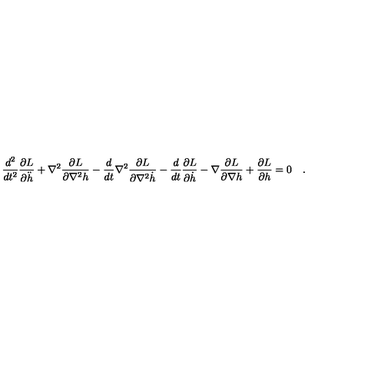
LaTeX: \frac { d ^ { 2 } } { d t ^ { 2 } } \frac { \partial L } { \partial \ddot { h } } + \nabla ^ { 2 } \frac { \partial L } { \partial \nabla ^ { 2 } h } - \frac { d } { d t } \nabla ^ { 2 } \frac { \partial L } { \partial \nabla ^ { 2 } \dot { h } } - \frac { d } { d t } \frac { \partial L } { \partial \dot { h } } - \nabla \frac { \partial L } { \partial \nabla h } + \frac { \partial L } { \partial h } = 0 \quad .